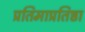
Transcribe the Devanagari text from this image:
प्रतिमाप्रतिष्ठा